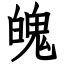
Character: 魄